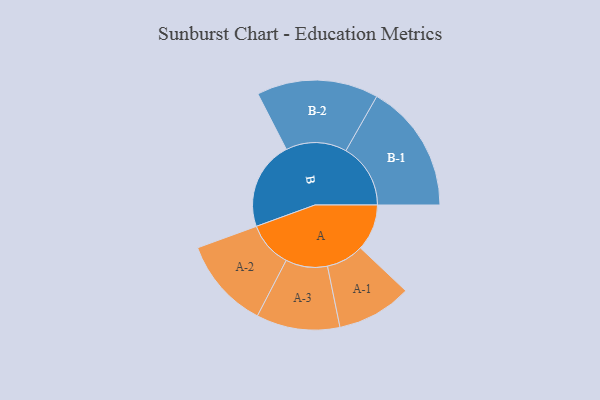
{"axis": {"x": "Segment", "y": "Value"}, "legend": ["", "A", "B"], "data": [{"x": "A", "y": 209, "type": ""}, {"x": "B", "y": 399, "type": ""}, {"x": "A-1", "y": 169, "type": "A"}, {"x": "A-2", "y": 205, "type": "A"}, {"x": "A-3", "y": 188, "type": "A"}, {"x": "B-1", "y": 291, "type": "B"}, {"x": "B-2", "y": 274, "type": "B"}]}